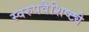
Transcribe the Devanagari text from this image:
स्वरुपवैशिष्ट्ये